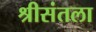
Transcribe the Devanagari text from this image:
श्रीसंतला